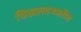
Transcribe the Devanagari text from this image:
चिखलदऱ्यातील